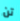
تن